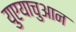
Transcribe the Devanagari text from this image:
युएयाचुआन